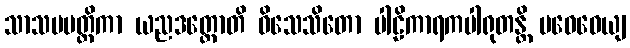
သာသပမတ္တိကာ ယညဒတ္တောတိ ဝိသေသိတော ပါဠိကာရကပါရုတန္တိ ပဝေဓေယျ